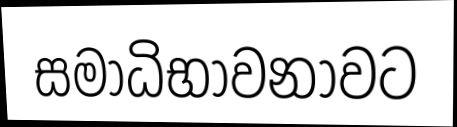
සමාධිභාවනාවට